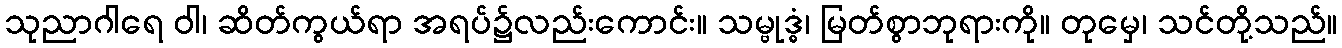
သုညာဂါရေ ဝါ၊ ဆိတ်ကွယ်ရာ အရပ်၌လည်းကောင်း။ သမ္ဗုဒ္ဓံ၊ မြတ်စွာဘုရားကို။ တုမှေ၊ သင်တို့သည်။